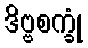
ဒိဗ္ဗစက္ခုံ